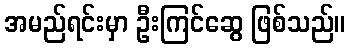
အမည်ရင်းမှာ ဦးကြင်ဆွေ ဖြစ်သည်။